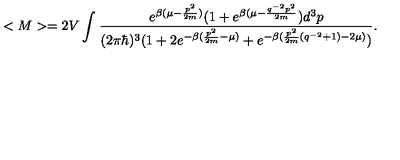
< M > = 2 V \int _ { } ^ { } \frac { e ^ { \beta ( \mu - \frac { p ^ { 2 } } { 2 m } ) } ( 1 + e ^ { \beta ( \mu - \frac { q ^ { - 2 } p ^ { 2 } } { 2 m } } ) d ^ { 3 } p } { ( 2 \pi \hbar ) ^ { 3 } ( 1 + 2 e ^ { - \beta ( \frac { p ^ { 2 } } { 2 m } - \mu ) } + e ^ { - \beta ( \frac { p ^ { 2 } } { 2 m } ( q ^ { - 2 } + 1 ) - 2 \mu ) } ) } .